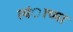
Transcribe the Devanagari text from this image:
त्यंाच्या